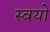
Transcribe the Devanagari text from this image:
स्वयो